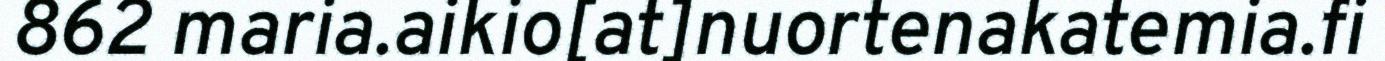
862 maria.aikio[at]nuortenakatemia.fi